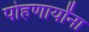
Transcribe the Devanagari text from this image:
पोहणार्यांना